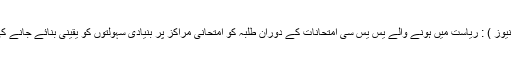
مارچ : ( سیاست نیوز ) : ریاست میں ہونے والے یس یس سی امتحانات کے دوران طلبہ کو امتحانی مراکز پر بنیادی سہولتوں کو یقینی بنائے جانے کی ضرورت ہے ۔